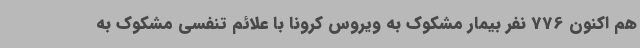
هم اکنون 776 نفر بیمار مشکوک به ویروس کرونا با علائم تنفسی مشکوک به